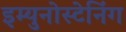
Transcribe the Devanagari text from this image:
इम्युनोस्टेनिंग